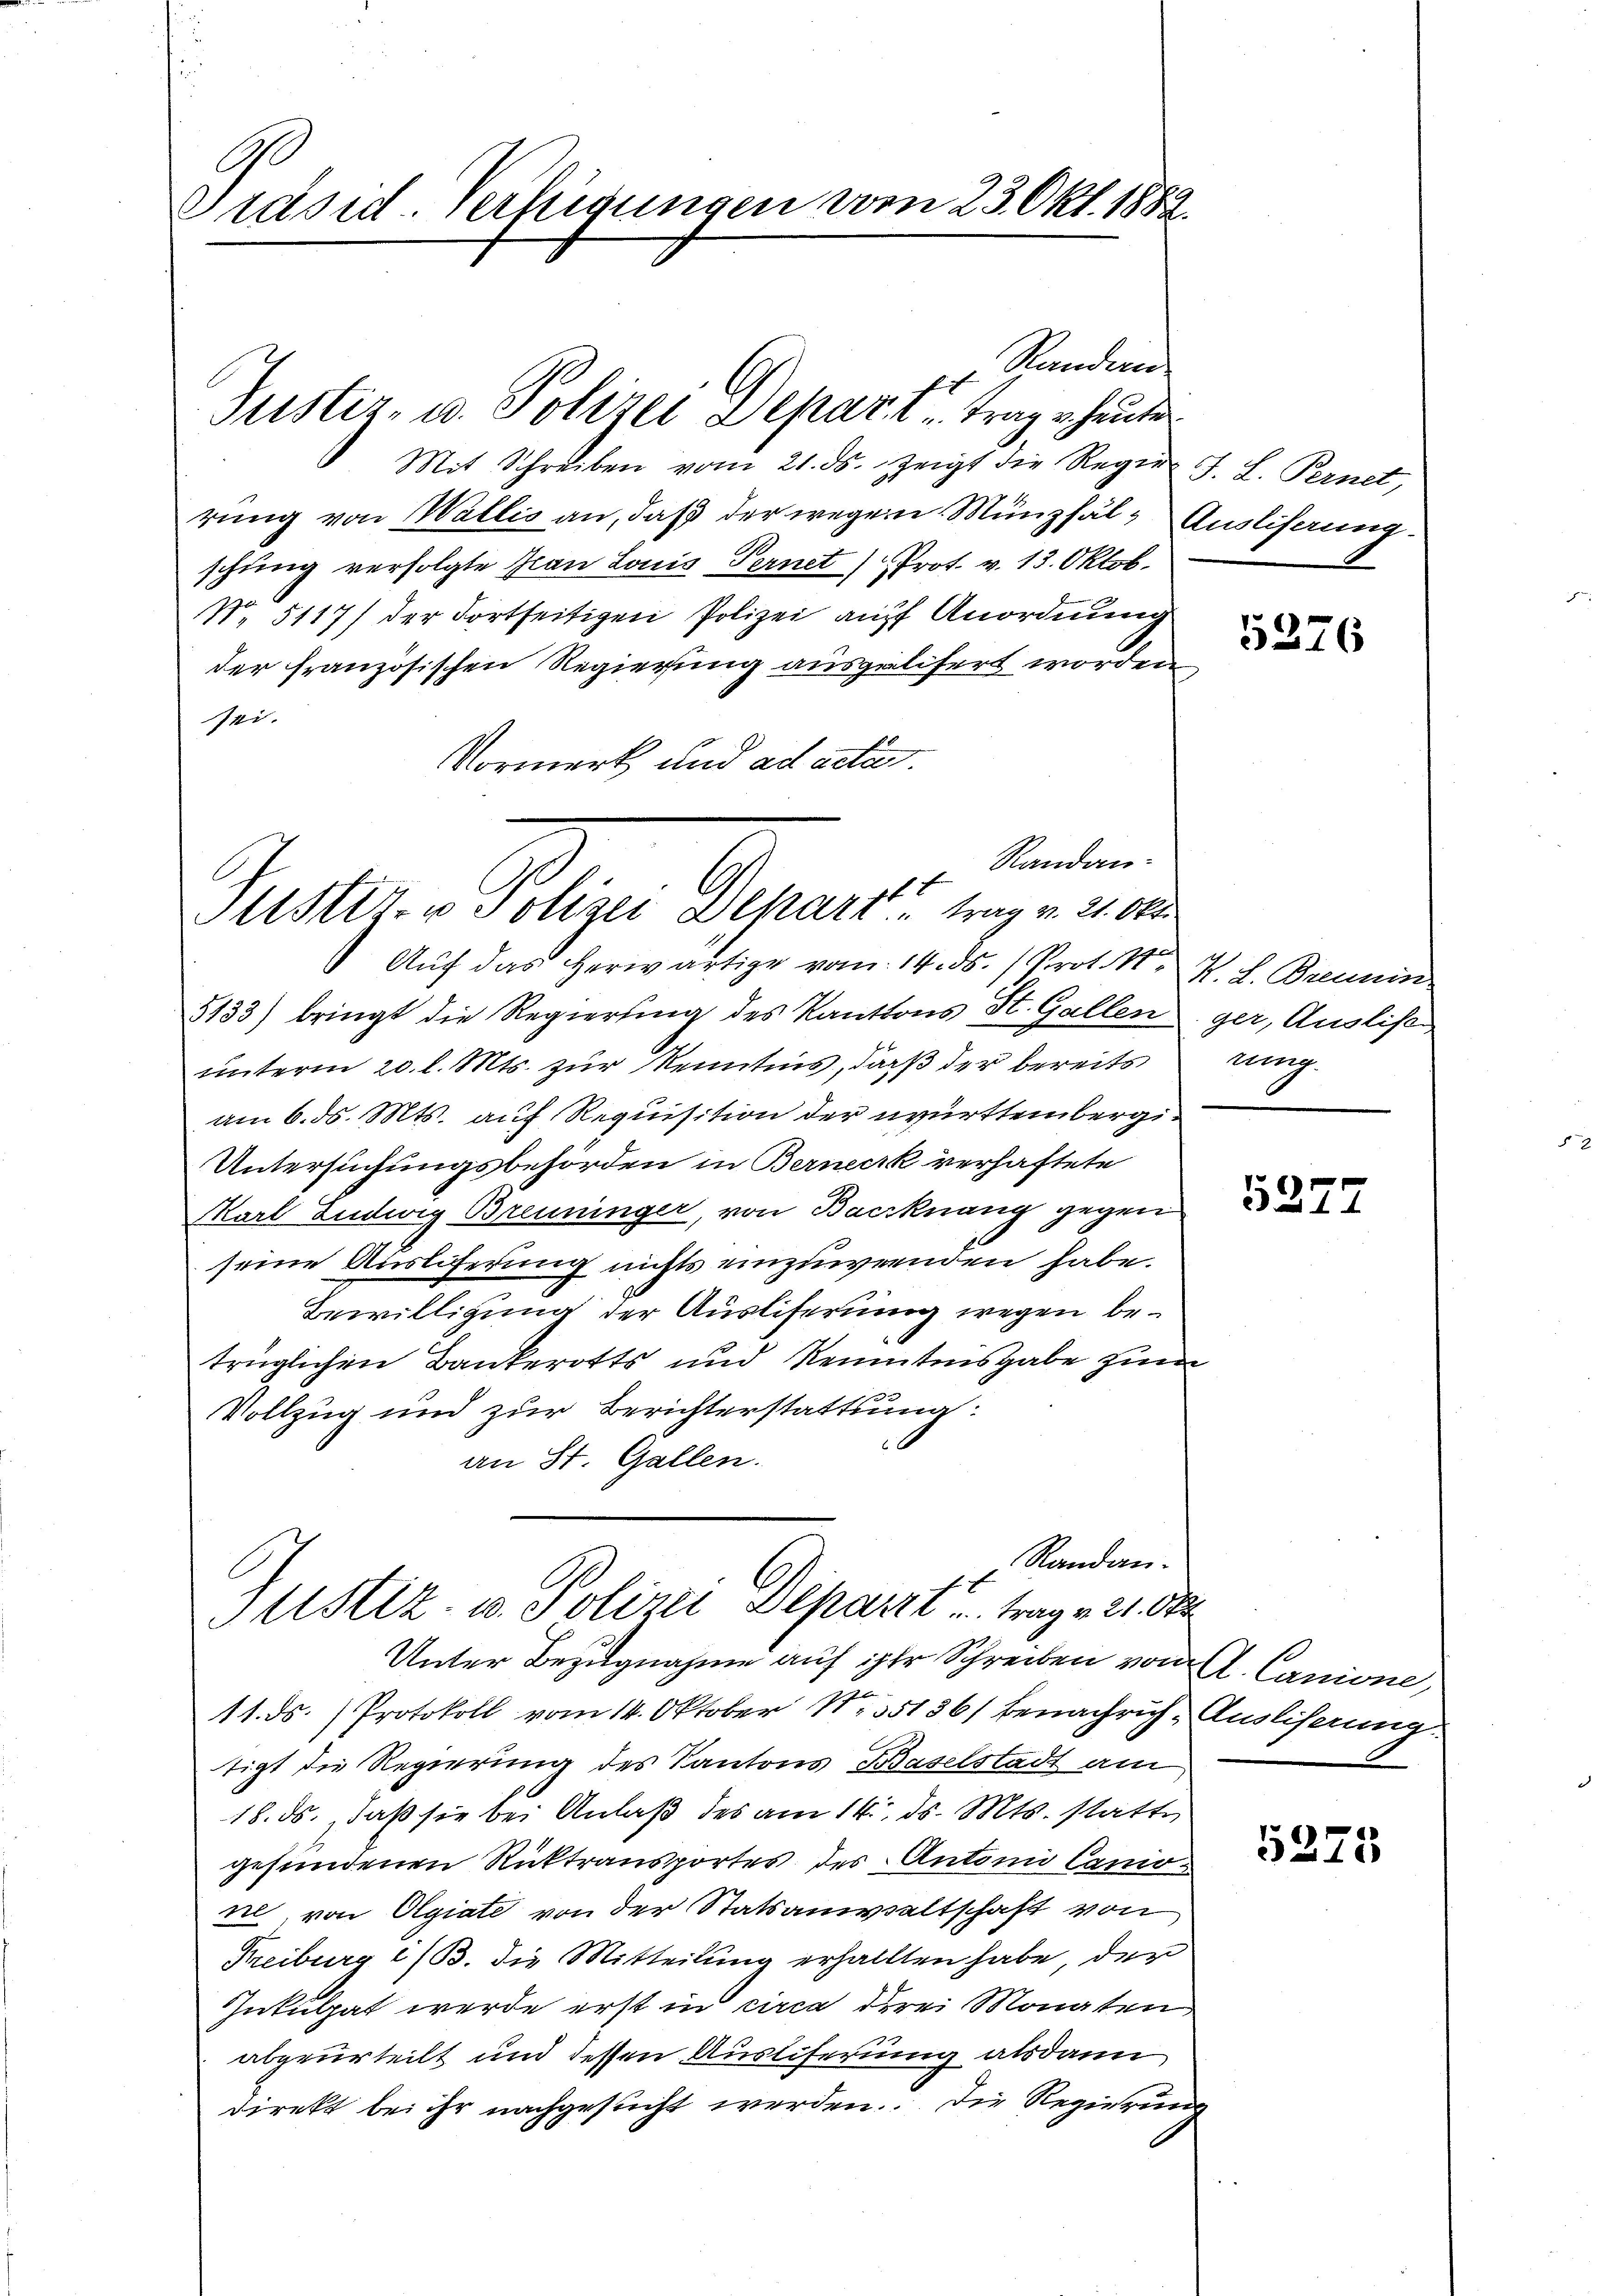
C
Präsid. Verfügungen vom 23. Okt. 1882.

Mit Schreiben vom 21. ds. zeigt die Regier J. L. Pernet,
rung von Wallis an, daß der wegen Münzfäl- Ausliferung
schung verfolgte Ivan Louis Ternet) Prot. v. 13. Oktob.
No. 5117) der Fortseitigen Polizei auff Anordnung
der französischen Regierung ausgelifert worden
sei.
Vormerk und ad actat.
Auf das herwärtige vom 14. ds. (Prot. N. K. L. Brennin
5133) bringt die Regierung des Kantons St. Gallen ger, Auslist
unterm 20. l. Mts. zur Kenntnis, daß der bereits
am 6. ds. Mts. auf Requisition der württembergi¬
Untersuchungsbehörden in Berneck verhaftete
Karl Ludwig Brenninger, von Baerknang gegen
seine Auslieferung nichts einzuwenden habe.
Bewilligung der Ausliferung wegen betrüglichen Bankerotts und Kenntnisgabe zum
Vollzug und zur Berichterstattung
an St. Gallen.
Randan
f2
Altstiz- u. Polizei Deparit trag v. 21. Okt
Unter Bezugnahme auf ihre Schreiben von A. Canone,
11. ds. Protokoll vom 14. Oktober Nr. 35136/ benachrich Ausliserung
tigt die Regierung des Kantons Baselstadt am
18. ds., daß sie bei Anlaß des am 14. ds. Mts. statte
gesundenen Rücktransportes des Antonio Canione, von Olgiate von der Statsanwaltschaft von
Freiburg i/B. die Mitteilung erhallten habe, den
Inkulpat werde erst in circa drei Monaten
abgeurteilt und dessen Ausliferung alsdann
direkt bei ihr nachgesucht werden. Die Regierung

Randen
sich
Justiz- u. Polizei Depari trage heute

Randan-
Mstiz- u Polizei Behart trag v. 21. Okt

5276

ngg.

5277

5275